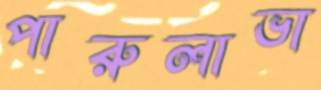
পারুলাভা